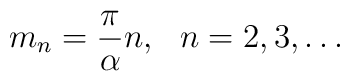
m_{n}=\frac{\pi }{\alpha }n,\ \ n=2,3,\ldots